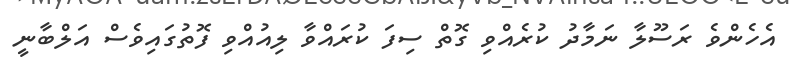
އެހެންވެ ރަސޫލާ ނަމާދު ކުރެއްވި ގޮތް ސިފަ ކުރައްވާ ލިއުއްވި ފޮތުގައިވެސް އަލްބާނީ